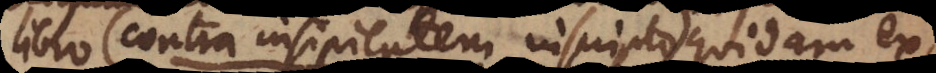
libro (Contra insipientem inscripto) quidam ex